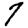
Digit: 7